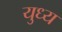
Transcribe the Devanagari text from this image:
युध्य